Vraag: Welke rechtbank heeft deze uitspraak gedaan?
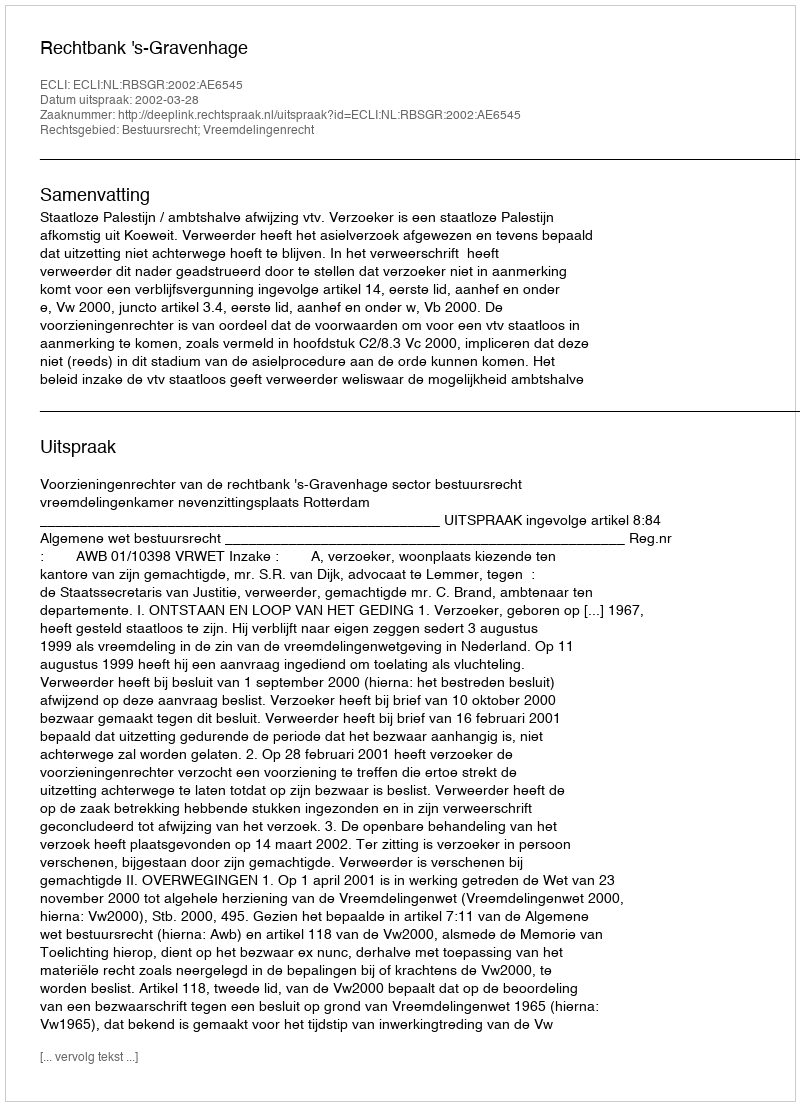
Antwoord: Rechtbank 's-Gravenhage